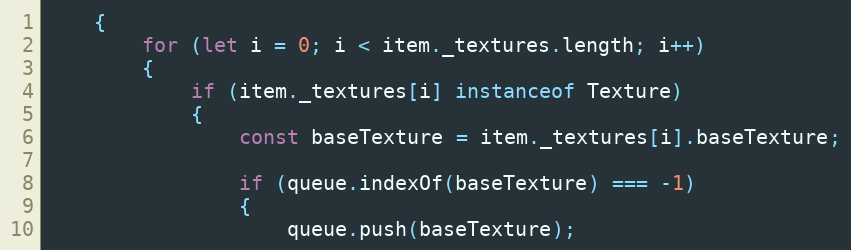
Language: JavaScript
    {
        for (let i = 0; i < item._textures.length; i++)
        {
            if (item._textures[i] instanceof Texture)
            {
                const baseTexture = item._textures[i].baseTexture;

                if (queue.indexOf(baseTexture) === -1)
                {
                    queue.push(baseTexture);